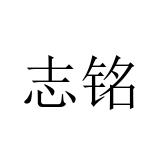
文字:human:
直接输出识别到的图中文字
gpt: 志铭